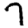
Digit: 7